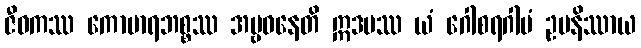
ဇီဝကဿ ကောမာရဘစ္စဿ အမ္ဗဝနေတိ ဣဒမဿ ယံ ဂေါစရဂါမံ ဥပနိဿာယ